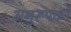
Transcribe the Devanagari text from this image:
अनुरूपकों